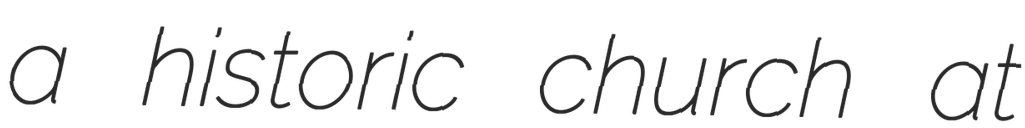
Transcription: a historic church at